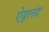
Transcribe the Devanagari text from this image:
ऐय्र्लंद